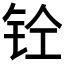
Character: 𰽪